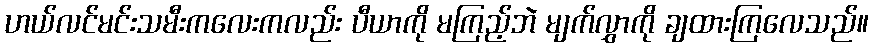
ဟယ်လင်မင်းသမီးကလေးကလည်း ပီယာကို မကြည့်ဘဲ မျက်လွှာကို ချထားကြလေသည်။